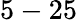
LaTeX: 5-25